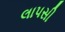
લાપસી